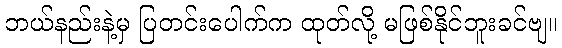
ဘယ်နည်းနဲ့မှ ပြတင်းပေါက်က ထုတ်လို့ မဖြစ်နိုင်ဘူးခင်ဗျ။